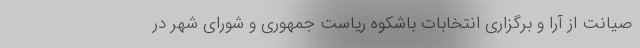
صیانت از آرا و برگزاری انتخابات باشکوه ریاست جمهوری و شورای شهر در